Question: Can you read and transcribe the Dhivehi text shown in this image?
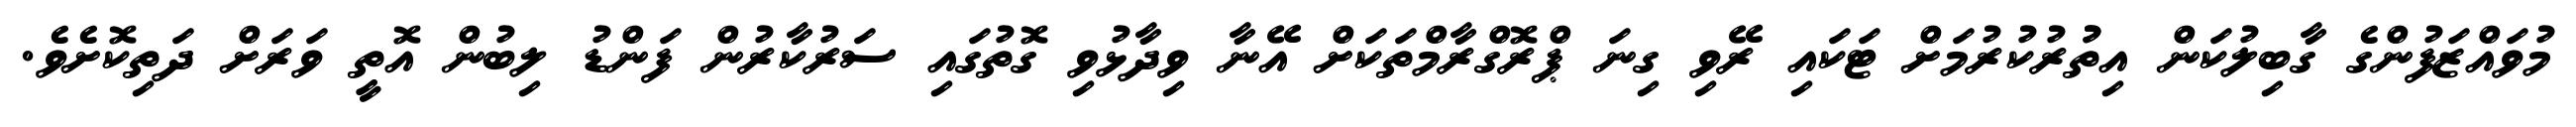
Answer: މުވައްޒަފުންގެ ގާބިލުކަން އިތުުރުކުރުމަށް ޓަކައި ރޭވި ގިނަ ޕްރޮގްރާމްތަކަށް އޭނާ ވިދާޅުވި ގޮތުގައި ސަރުކާރުން ފަންޑު ލިބުން އޮތީ ވަރަށް ދަތިކޮށެވެ.